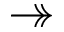
\twoheadrightarrow